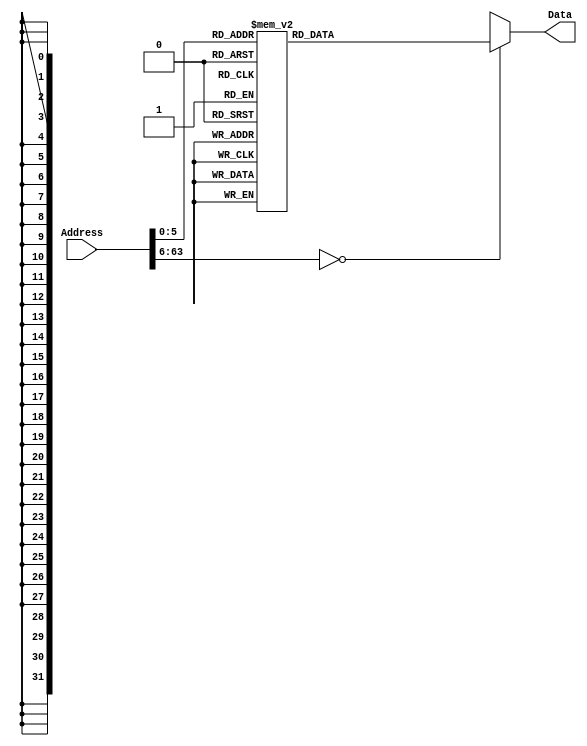
module InstructionMemory(Data, Address);
   parameter T_rd = 20;
   parameter MemSize = 40;
   
   output [31:0] Data;
   input [63:0]  Address;
   reg [31:0] 	 Data;
   
   /*
    * ECEN 350 Processor Test Functions
    * Texas A&M University
    */
   
   always @ (Address) begin
      case(Address)

	/* Test Program 1:
	 * Program loads constants from the data memory. Uses these constants to test
	 * the following instructions: LDUR, ORR, AND, CBZ, ADD, SUB, STUR and B.
	 * 
	 * Assembly code for test:
	 * 
	 * 0: LDUR X9, [XZR, 0x0]    //Load 1 into x9
	 * 4: LDUR X10, [XZR, 0x8]   //Load a into x10
	 * 8: LDUR X11, [XZR, 0x10]  //Load 5 into x11
	 * C: LDUR X12, [XZR, 0x18]  //Load big constant into x12
	 * 10: LDUR X13, [XZR, 0x20]  //load a 0 into X13
	 * 
	 * 14: ORR X10, X10, X11  //Create mask of 0xf
	 * 18: AND X12, X12, X10  //Mask off low order bits of big constant
	 * 
	 * loop:
	 * 1C: CBZ X12, end  //while X12 is not 0
	 * 20: ADD X13, X13, X9  //Increment counter in X13
	 * 24: SUB X12, X12, X9  //Decrement remainder of big constant in X12
	 * 28: B loop  //Repeat till X12 is 0
	 * 2C: STUR X13, [XZR, 0x20]  //store back the counter value into the memory location 0x20
	 */
	

	63'h000: Data = 32'hF84003E9;
	63'h004: Data = 32'hF84083EA;
	63'h008: Data = 32'hF84103EB;
	63'h00c: Data = 32'hF84183EC;
	63'h010: Data = 32'hF84203ED;
	63'h014: Data = 32'hAA0B014A;
	63'h018: Data = 32'h8A0A018C;
	63'h01c: Data = 32'hB400008C;
	63'h020: Data = 32'h8B0901AD;
	63'h024: Data = 32'hCB09018C;
	63'h028: Data = 32'h17FFFFFD;
	63'h02c: Data = 32'hF80203ED;
	63'h030: Data = 32'hF84203ED;  //One last load to place stored value on memdbus for test checking.

	
        
			
	default: Data = 32'hXXXXXXXX;
      endcase
   end
endmodule